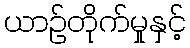
ယာဉ်တိုက်မှုနှင့်